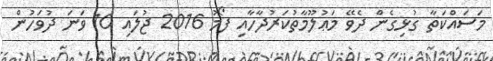
މަސައްކަތާ ގުޅިގެން ދެވޭ މަޢުލޫމާތުކަރުދާހާއި ފޯމު 2016 ޖުލައި 10 ވަނަ ދުވަހުން